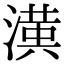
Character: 𭲑